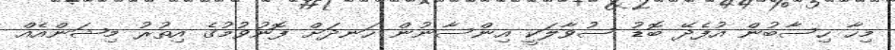
މިހާ ހިސާބުން އުފެދޭ ބޮޑު ސުވާލަކީ އިންސާނުން ހަނދަށް ފޮނުވުމުގެ އިތުރު މިޝަންއެއް